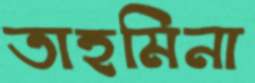
তাহমিনা